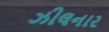
ઝીલનાર